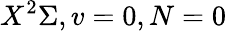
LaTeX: X^{2}\Sigma,v=0,N=0